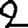
Digit: 2